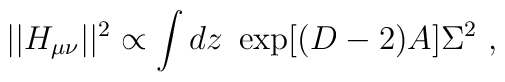
||H_{\mu\nu}||^2\propto\int dz~\exp[(D-2)A]\Sigma^2~,